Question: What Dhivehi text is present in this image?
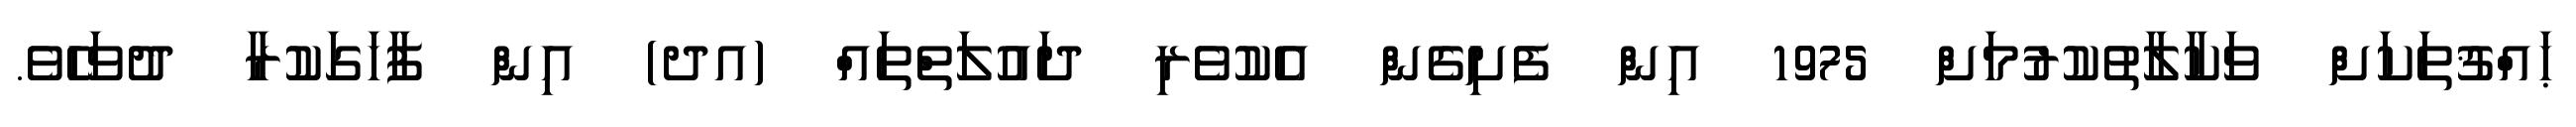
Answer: ޙައްޤުތަކަށް ވަކާލާތުކުރުމަށް 1975 އިން ފެށިގެން އެކުވެރި ދައުލަތްތައް (އދ) އިން ފާހަގަކުރާ ދުވަހެވެ.